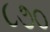
૮૭૦